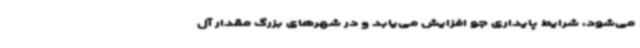
می‌شود، شرایط پایداری جو افزایش می‌یابد و در شهرهای بزرگ مقدار آل